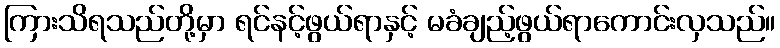
ကြားသိရသည်တို့မှာ ရင်နင့်ဖွယ်ရာနှင့် မခံချည့်ဖွယ်ရာကောင်းလှသည်။